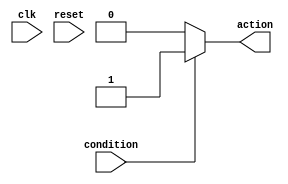
module conditional_wait_example (
    input wire clk,
    input wire reset,
    input wire condition,    // Condition to wait for
    output reg action       // Action to be taken when condition is met
);

    // Initial state of action
    initial begin
        action = 0;
    end

    // Always block to monitor the condition
    always @(*) begin
        // Wait for the condition to be true
        if (condition) begin
            // If condition is true, perform the action
            action = 1; // Example action taken when condition is met
        end else begin
            // If condition is false, maintain the action state
            action = 0; // Reset action or maintain previous state
        end
    end

endmodule